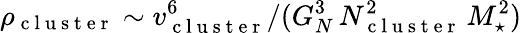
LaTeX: \rho_{\mathrm{~c~l~u~s~t~e~r~}}\sim v_{\mathrm{~c~l~u~s~t~e~r~}}^{6}/(G_{N}^{3}\, N_{\mathrm{~c~l~u~s~t~e~r~}}^{2}\, M_{\star}^{2})